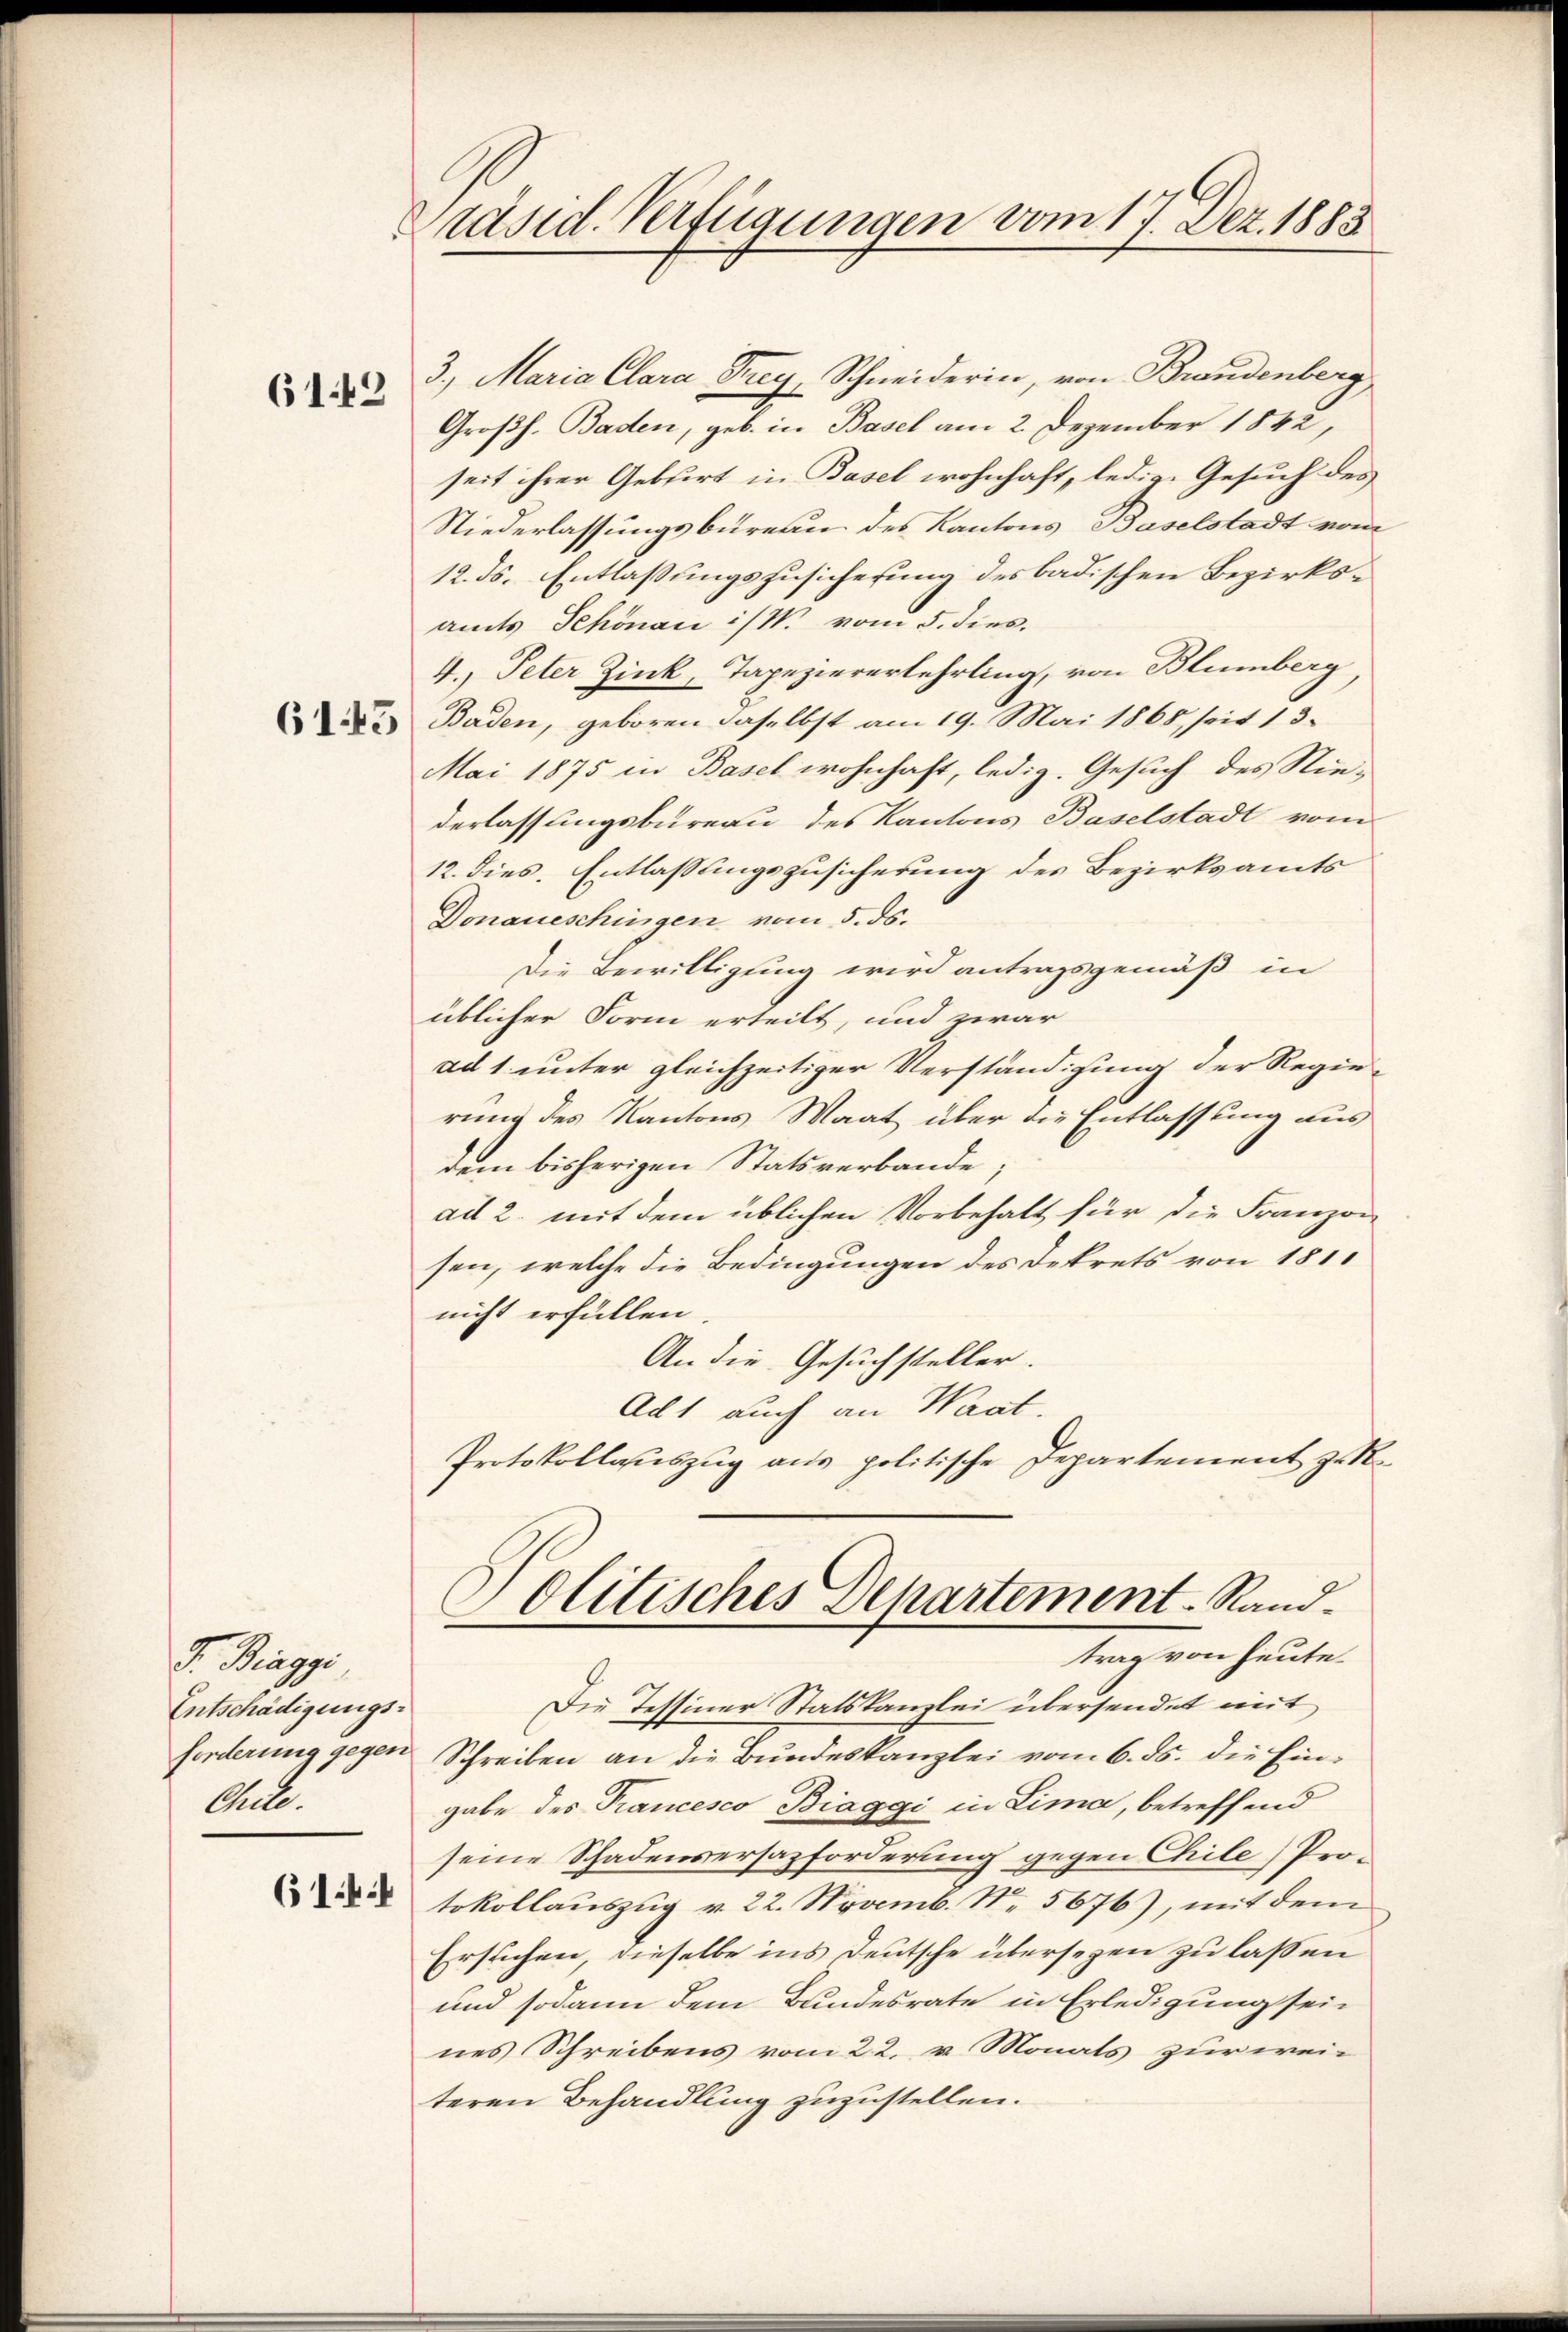
6143

61.45

J. Biaggi
Entschädigungs-
forderung gegen
Aell.
614

Präsid. Verfügungen vom 17. Dez. 1883.

3. Maria Clara Frey, Schneiderin, von Brandenberg
Großh. Baden, geb. in Basel am 2. Dezember 1842,
seit ihrer Geburt in Basel wohnhaft, ledige Gesuch des
Niederlassungsbureau des Kantons Baselstadt vom
12. ds. Entlassungszusicherung des badischen Bezirksamts Schönau i/W. vom 5. dies
4. Peter Zink, Tapeziererlehrling, von Blumberg
Baden, geboren daselbst am 19. Mai 1865, seit 13.
Mai 1875 in Basel wohnhaft, ledig. Gesuch des Nie-
derlassungsbureau des Kantons Baselstadt vom
12. dies. Entlassungszusicherung des Bezirksamts
Donaueschingen vom 5. ds.
Die Bewilligung wird antragsgemäß in
üblicher Form erteilt, und zwar
ad 1. unter gleichzeitiger Verständigung der Regie-
rung des Kantons Maat über die Entlassung aus
dem bisherigen Statsverbande
ad 2. mit dem üblichen Vorbehalt für die Franzon
sen, welche die Bedingungen des Dekrets von 181
nicht erfüllen.
An die Gesuchsteller.
Ad 1 auch an Waat.
Protokollauszug aus politische Departement zu R
Politisches Departement Rand-
trag von heute.
Die Tessiner Statskanzlei übersendet mit
Schreiben an die Bundeskanzlei vom 6. ds. die Eingabe des Francesco Biaggi in Lima, betreffend
seine Schadensersazforderung gegen Chile) Protokollauszug v. 22. Novemb. N. 5676), mit dem
Ersuchen, dieselbe ins Deutsche übersezen zu laßen
und sodann dem Bundesrate in Erledigung sein
nes Schreibens vom 22. v. Monats zur weiteren Behandlung zuzustellen.